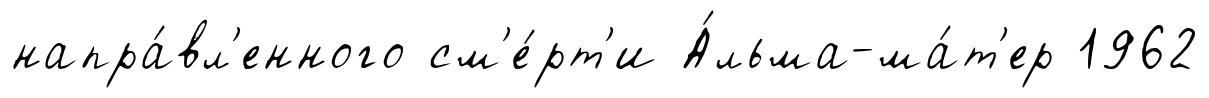
напра́вл'енного см'е́рт'и А́льма-ма́т'ер 1962